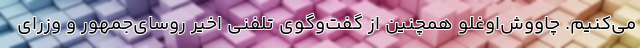
می‌کنیم. چاووش‌اوغلو همچنین از گفت‌وگوی تلفنی اخیر روسای‌جمهور و وزرای